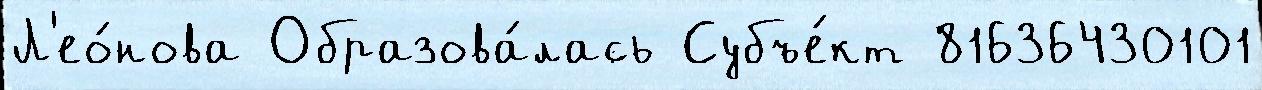
Л'ео́нова Образова́лась Субъе́кт 81636430101